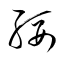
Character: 綏